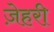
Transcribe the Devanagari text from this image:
ज़ेहरी